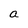
Character: a